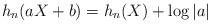
LaTeX: \begin{align*} h_n(aX+b) = h_n(X) + \log |a|\end{align*}